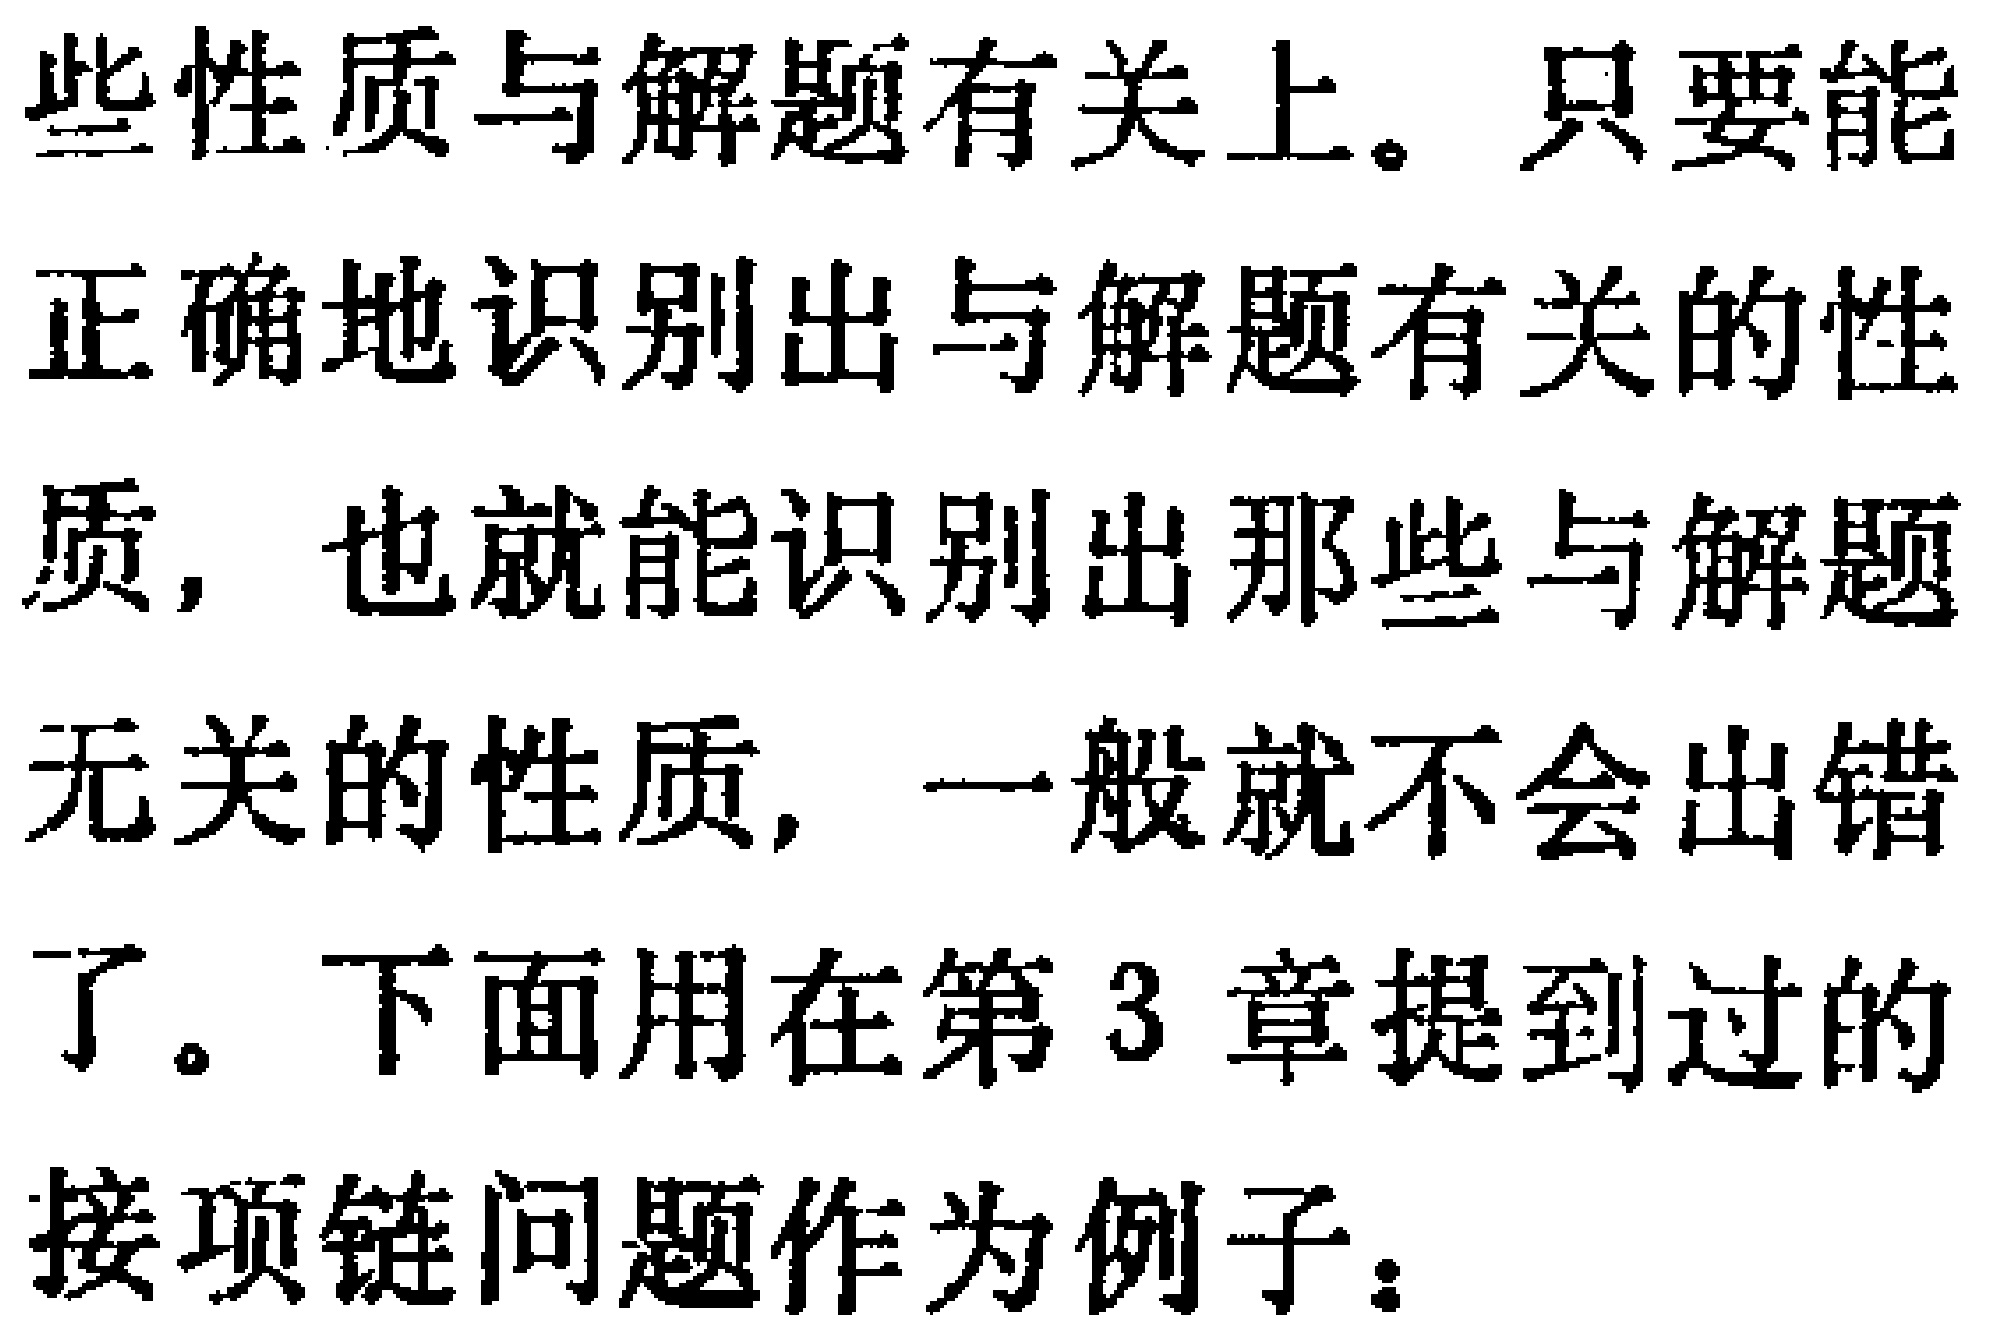
些性质与解题有关上。只要能

正确地识别出与解题有关的性

质，也就能识别出那些与解题

无关的性质，一般就不会出错

了。下面用在第 3 章提到过的

接项链问题作为例子：